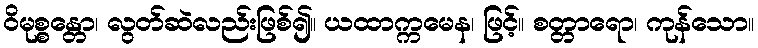
ဝိမုစ္စန္တော၊ လွတ်ဆဲလည်းဖြစ်၍။ ယထာက္ကမေန၊ ဖြင့်။ စတ္တာရော၊ ကုန်သော။